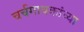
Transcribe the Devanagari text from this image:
चर्चगायकांच्या